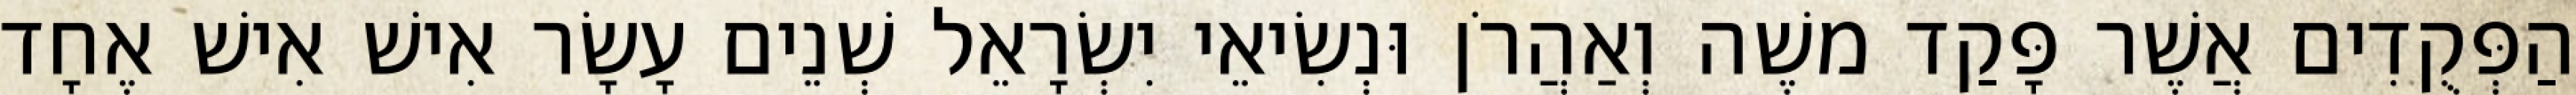
הַפְּקֻדִים אֲשֶׁר פָּקַד משֶׁה וְאַהֲרֹן וּנְשִׂיאֵי יִשְׂרָאֵל שְׁנֵים עָשָׂר אִישׁ אִישׁ אֶחָד